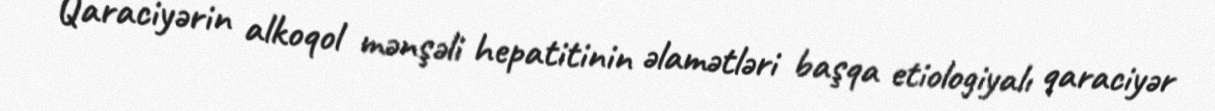
Qaraciyərin alkoqol mənşəli hepatitinin əlamətləri başqa etiologiyalı qaraciyər